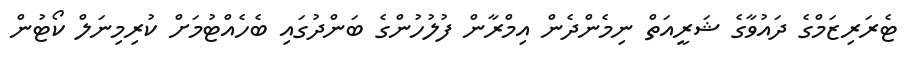
ޓެރަރިޒަމްގެ ދައުވާގެ ޝަރީއަތް ނިމެންދެން އިމްރާން ފުލުހުންގެ ބަންދުގައި ބެހެއްޓުމަށް ކުރިމިނަލް ކޯޓުން